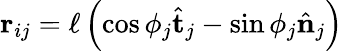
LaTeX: \mathbf{r}_{ij}=\ell\left(\cos\phi_{j}\hat{\mathbf{t}}_{j}-\sin\phi_{j}\hat{\mathbf{n}}_{j}\right)